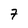
Character: 7